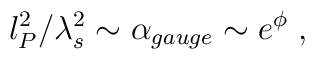
l_P^2 /\lambda_s^2  \sim \alpha_{gauge} \sim e^{\phi} \; ,